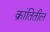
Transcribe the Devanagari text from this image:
क्रांतितील